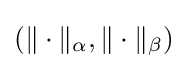
(\|\cdot \|_{\alpha },\|\cdot \|_{\beta })